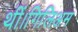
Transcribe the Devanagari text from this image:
थीं।गिलिअम